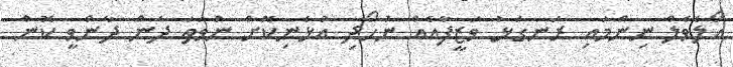
އޯލެެވެލް ނިންމައި ރަނގަޅު ވަޒީފާއެއް ނުހޯދި އުޅެނިކޮށް ނުވަތަ ދެން ދާންވީ ކޮން